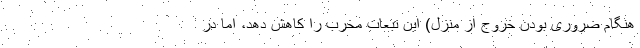
هنگام ضروری بودن خروج از منزل) این تبعات مخرب را کاهش دهد، اما در